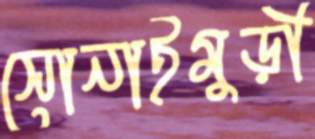
সোনাইমুড়ী